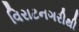
વિરાટનગરીથી